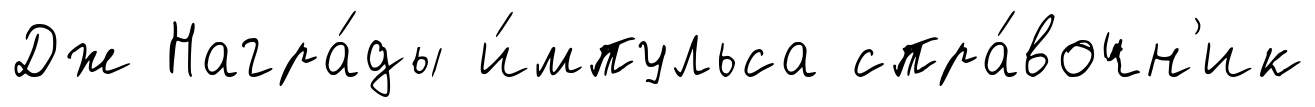
Дж Награ́ды и́мпульса спра́вочн'ик